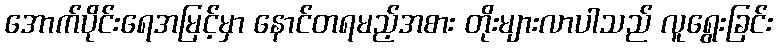
အောက်ပိုင်းရေအမြင့်မှာ နောင်တရမည့်အစား တိုးများလာပါသည် လူရွေးခြင်း